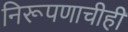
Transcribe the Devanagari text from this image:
निरूपणाचीही